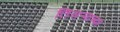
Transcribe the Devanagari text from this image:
तिसर्‍याच्या